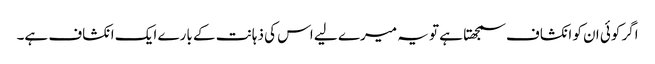
اگر کوئی ان کو انکشاف سمجھتا ہے تو یہ میرے لیے اس کی ذہانت کے بارے ایک انکشاف ہے۔